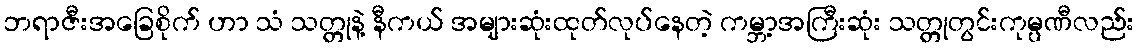
ဘရာဇီးအခြေစိုက် ဟာ သံ သတ္တုနဲ့ နီကယ် အများဆုံးထုတ်လုပ်နေတဲ့ ကမ္ဘာ့အကြီးဆုံး သတ္တုတွင်းကုမ္ပဏီလည်း